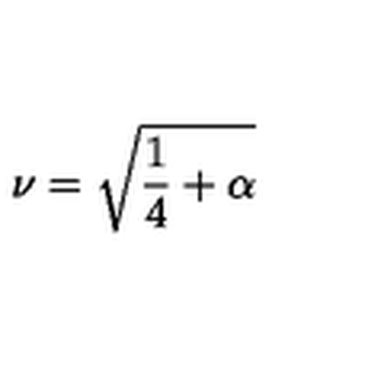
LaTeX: \nu = \sqrt { \frac { 1 } { 4 } + \alpha }